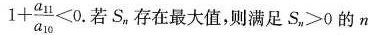
$$1 + \frac { a _ { 1 1 } } { a _ { 1 0 } } < 0$$. 若S_{n}，存在最大值，则满足$$S _ { n } ＞ 0$$的n